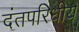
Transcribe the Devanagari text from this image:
दंतपरिधीय